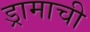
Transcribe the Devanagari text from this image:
ड्रामाची